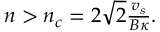
\begin{array} { r } { n > n _ { c } = 2 \sqrt { 2 } \frac { v _ { s } } { B \kappa } . } \end{array}